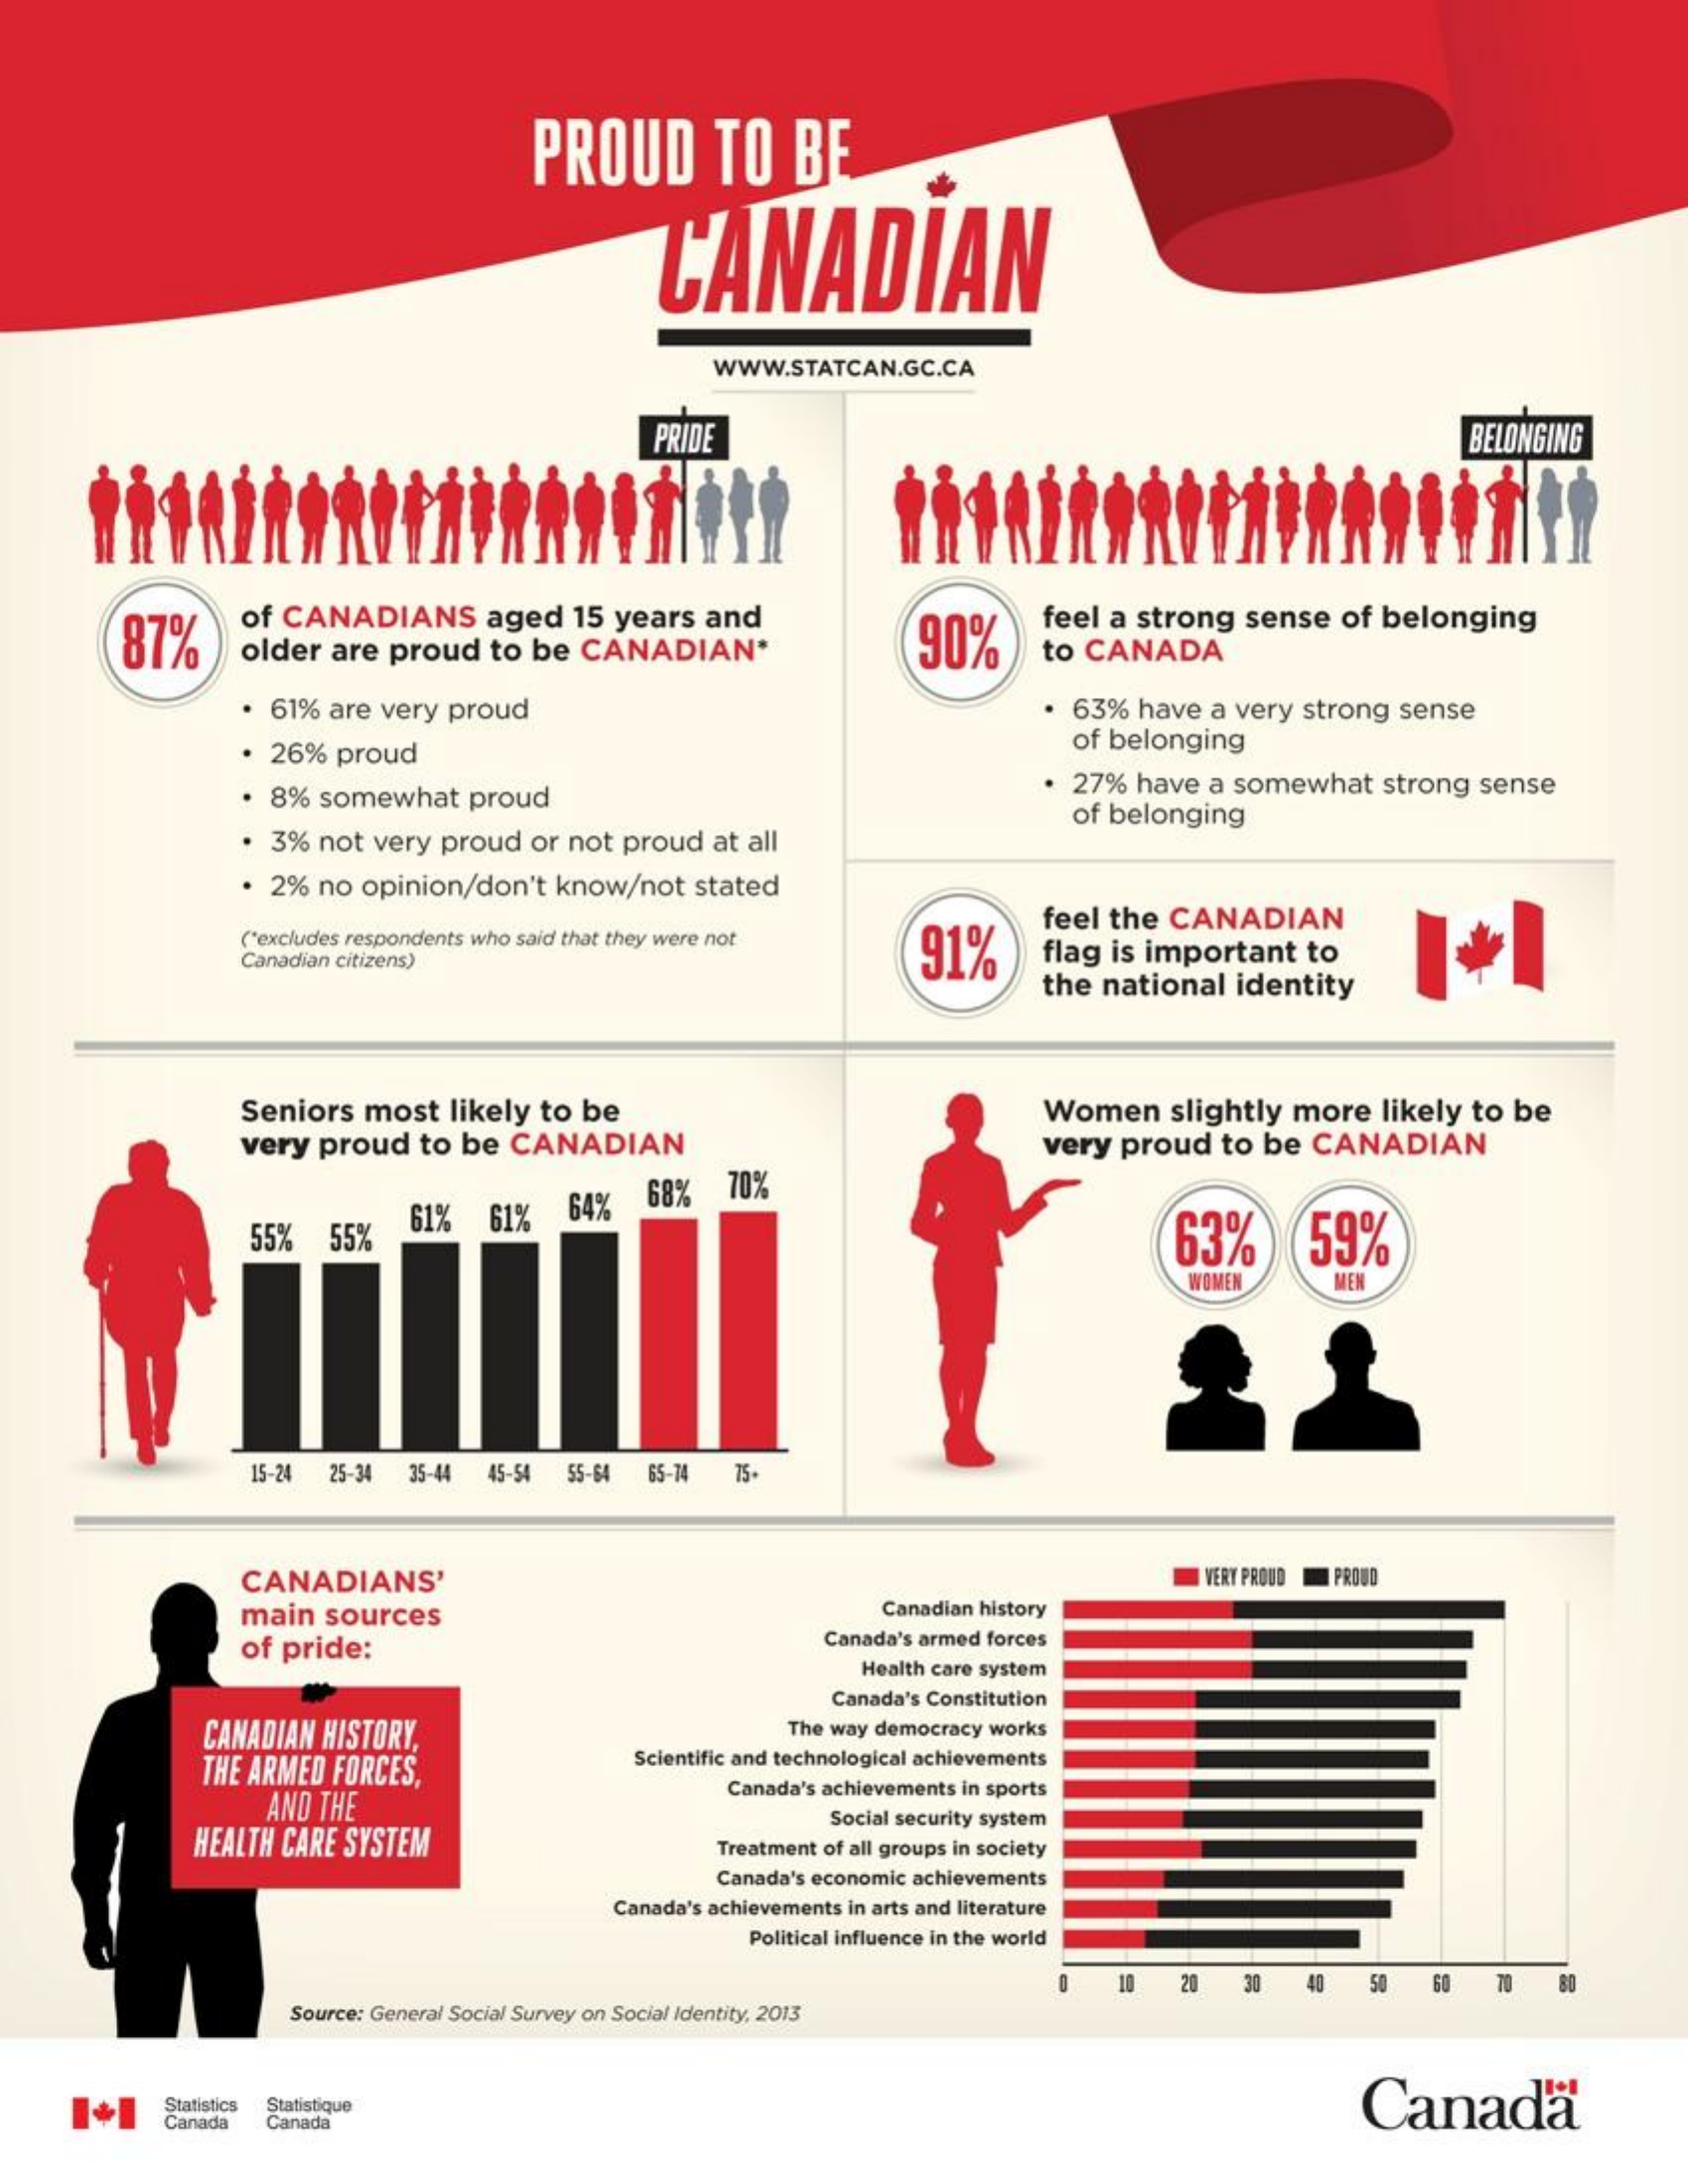
PROUD    TO    BE
     CANADIAN
     WWW.STATCAN.GC.CA
     PRIDE    BELONGING
     87%
     of  CANADIANS    aged    15  years   and
     older   are  proud    to  be  CANADIAN*    90%
     feel a  strong    sense   of  belonging
     to CANADA
     61%  are  very  proud    63%   have  a  very  strong   sense
     . 26%   proud    of belonging
     8%  somewhat    proud
     27%   have  a  somewhat    strong   sense
     3%  not  very  proud    or not  proud   at  all
     of belonging
     ·  2%  no  opinion/don't    know/not    stated
     "excludes respondents who said that they were not    91%
     feel  the   CANADIAN
     Canadian citizens)    flag  is important    to
     the  national    identity
     Seniors    most    likely  to  be
     very   proud    to  be  CANADIAN
     Women    slightly   more    likely  to  be
     very  proud    to be   CANADIAN
     68%    70%
     55%    55%
     61%    61%    64%
     63%    59%
     WOMEN    MEN
     15-24  25-34   35-44  45-54  55-64  65-74   75-
     CANADIANS'    VERY PROUD  PROUD
     main    sources    Canadian history
     of pride:    Canada's armed forces
     Health care system
     Canada's Constitution
     CANADIAN  HISTORY,    The way democracy works
     THE  ARMED  FORCES,
     Scientific and technological achievements
     AND  THE
     Canada's achievements in sports
     HEALTH  CARE SYSTEM
     Social security system
     Treatment of all groups in society
     Canada's economic achievements
     Canada's achievements in arts and literature
     Political influence in the world
     20    30    48   50
     Source: General Social Survey on Social Identity, 2013
     Canada Statistics
     Canada
     Statistique
     Canada